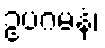
ဥပဂမနံ၊